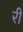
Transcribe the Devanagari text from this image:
रीं